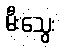
မီးသွေး